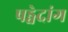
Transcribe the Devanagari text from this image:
षड्वेदांग